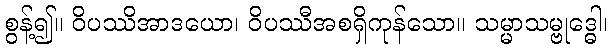
စွန့်၍။ ဝိပဿိအာဒယော၊ ဝိပဿီအစရှိကုန်သော။ သမ္မာသမ္ဗုဒ္ဓေါ၊